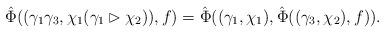
LaTeX: \begin{align*}\hat{\Phi}((\gamma_1\gamma_3,\chi_1(\gamma_1\rhd \chi_2) ), f) = \hat{\Phi}((\gamma_1,\chi_1), \hat{\Phi}((\gamma_3,\chi_2), f)).\end{align*}